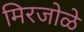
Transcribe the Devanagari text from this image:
मिरजोळे